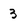
Character: 3